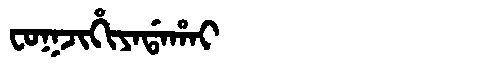
Manchu: ᠸᠣᡴᠵᡳᡥᡳᠶᠠᡩᠠᡥᠠᡳ
Romanization: FOKJIHIYADAHAI